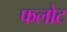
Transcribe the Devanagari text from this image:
फलोट